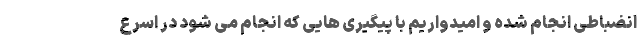
انضباطی انجام شده و امیدواریم با پیگیری هایی که انجام می شود در اسرع